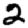
Digit: 2